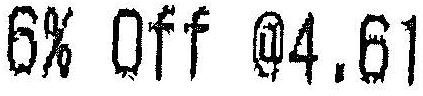
6% OFF @4.61